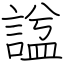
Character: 諡